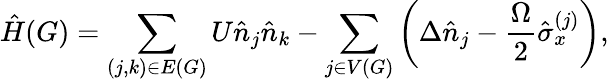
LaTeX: \hat{H}({G})=\sum_{(j,k)\in E(G)}U\hat{n}_{j}\hat{n}_{k}-\sum_{j\in V(G)}\left(\Delta\hat{n}_{j}-\frac{\Omega}{2}\hat{\sigma}_{x}^{(j)}\right),